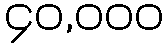
၄၀,၀၀၀